Indian journal of veterinary science and animal husbandry - Volumes 22-23, 1952-1953
Year: 1952
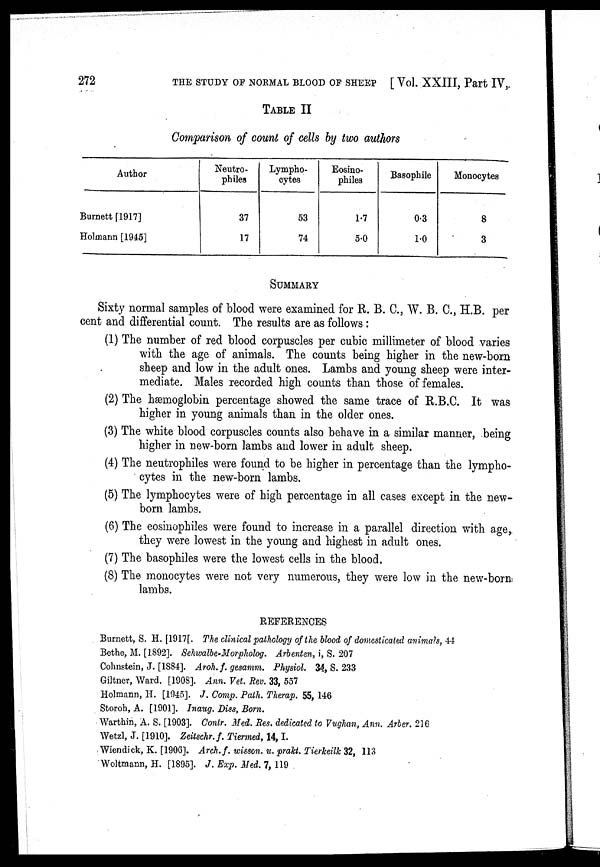
272
THE STUDY OF NORMAL BLOOD OP SHEEP [Vol. XXIII, Part IV,
TABLE II
Comparison of count of cells by two authors
Author
Burnett [1917]
Holmann [1945]
Neutro¬
philes
37
17
Lympho-
cytes
53
74
Eosino-
philes
1.7
5.0
Basophile
0.3
1.0
Monocytes
8
3
SUMMARY
Sixty normal samples of blood were examined for R. B. C., W. B. C., H.B. per
cent and differential count. The results are as follows:
(1) The number of red blood corpuscles per cubic millimeter of blood varies
with the age of animals. The counts being higher in the new-born
sheep and low in the adult ones. Lambs and young sheep were inter-
mediate. Males recorded high counts than those of females.
(2) The hæmoglobin percentage showed the same trace of R.B.C. It was
higher in young animals than in the older ones.
(3) The white blood corpuscles counts also behave in a similar manner, being
higher in new-born lambs and lower in adult sheep.
(4) The neutrophiles were found to be higher in percentage than the lympho-
cytes in the new-born lambs.
(5) The lymphocytes were of high percentage in all cases except in the new-
born lambs.
(6) The eosinophiles were found to increase in a parallel direction with age,
they were lowest in the young and highest in adult ones.
(7) The basophiles were the lowest cells in the blood.
(8) The monocytes were not very numerous, they were low in the new-born
lambs.
REFERENCES
Burnett, S. H. [1917[. The clinical pathology of the blood of domesticated animals, 44
Bethe, M. [1892]. Sehwalbe-Morpholog. Arbenten, i, S. 207
Cohnstein, J. [1884]. Aroh. f. gesamm. Physiol. 34, S. 233
Giltner, Ward. [1908]. Ann. Vet. Rev. 33, 557
Holmann, H. [1945]. J. Comp. Path. Therap. 55, 146
Storoh, A. [1901]. Inaug. Diss, Born.
Warthin, A. S. [1903]. Contr. Med. Res. dedicated to Vughan, Ann. Arber. 216
Wetzl, J. [1910]. Zeitschr. f. Tiermed, 14, I.
Wiendick, K. [1906]. Arch. f. wisson. u. prakt. Tierkeilk 32, 113
Woltmann, H. [1895]. J. Exp. Med. 7, 119